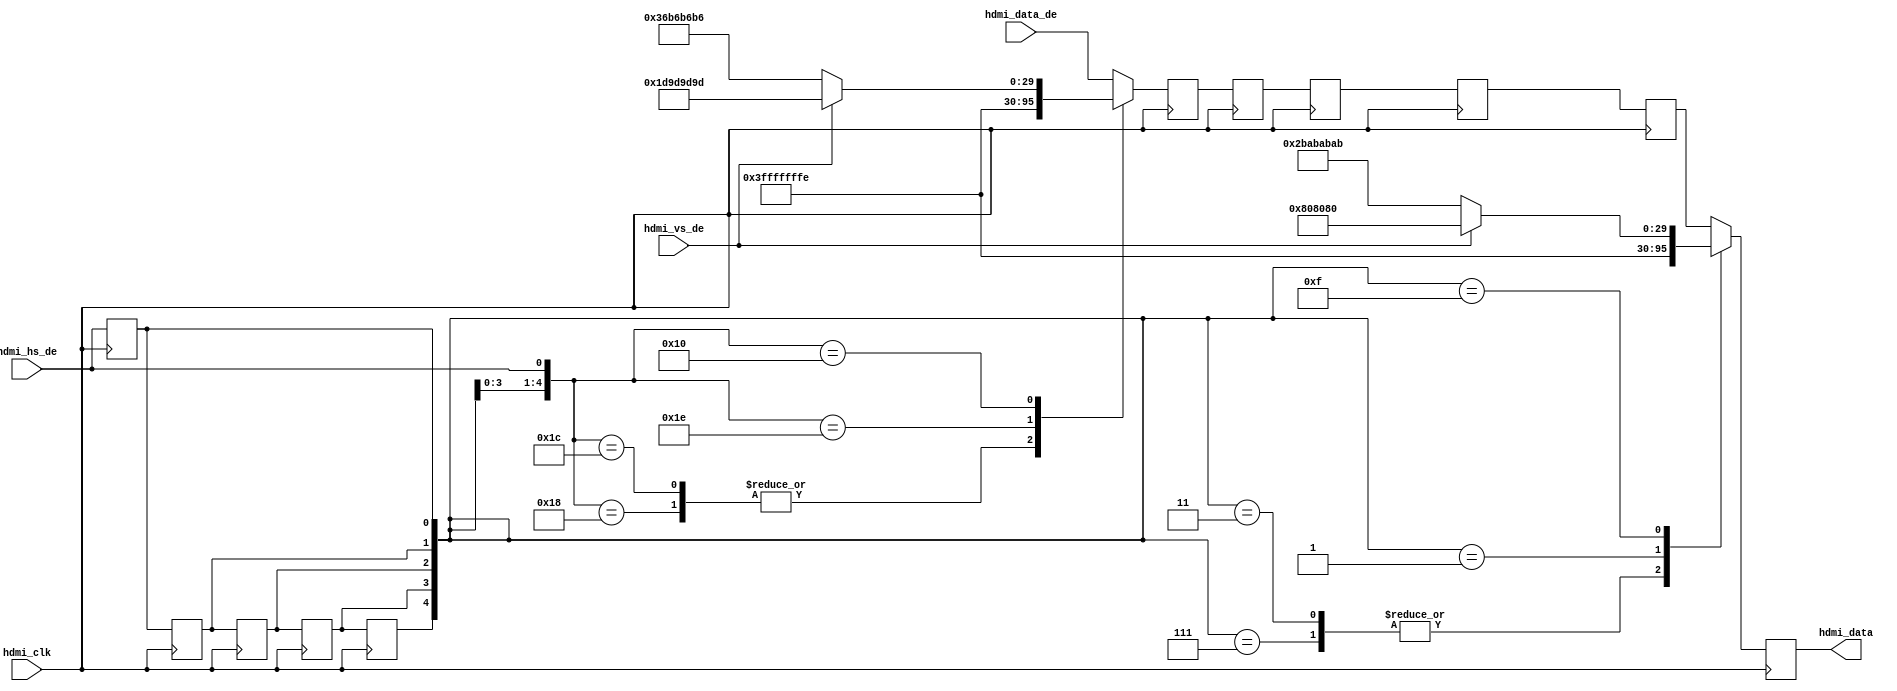
// ***************************************************************************
// ***************************************************************************
// Copyright 2011(c) Analog Devices, Inc.
// 
// All rights reserved.
// 
// Redistribution and use in source and binary forms, with or without modification,
// are permitted provided that the following conditions are met:
//     - Redistributions of source code must retain the above copyright
//       notice, this list of conditions and the following disclaimer.
//     - Redistributions in binary form must reproduce the above copyright
//       notice, this list of conditions and the following disclaimer in
//       the documentation and/or other materials provided with the
//       distribution.
//     - Neither the name of Analog Devices, Inc. nor the names of its
//       contributors may be used to endorse or promote products derived
//       from this software without specific prior written permission.
//     - The use of this software may or may not infringe the patent rights
//       of one or more patent holders.  This license does not release you
//       from the requirement that you obtain separate licenses from these
//       patent holders to use this software.
//     - Use of the software either in source or binary form, must be run
//       on or directly connected to an Analog Devices Inc. component.
//    
// THIS SOFTWARE IS PROVIDED BY ANALOG DEVICES "AS IS" AND ANY EXPRESS OR IMPLIED WARRANTIES,
// INCLUDING, BUT NOT LIMITED TO, NON-INFRINGEMENT, MERCHANTABILITY AND FITNESS FOR A
// PARTICULAR PURPOSE ARE DISCLAIMED.
//
// IN NO EVENT SHALL ANALOG DEVICES BE LIABLE FOR ANY DIRECT, INDIRECT, INCIDENTAL, SPECIAL,
// EXEMPLARY, OR CONSEQUENTIAL DAMAGES (INCLUDING, BUT NOT LIMITED TO, INTELLECTUAL PROPERTY
// RIGHTS, PROCUREMENT OF SUBSTITUTE GOODS OR SERVICES; LOSS OF USE, DATA, OR PROFITS; OR 
// BUSINESS INTERRUPTION) HOWEVER CAUSED AND ON ANY THEORY OF LIABILITY, WHETHER IN CONTRACT,
// STRICT LIABILITY, OR TORT (INCLUDING NEGLIGENCE OR OTHERWISE) ARISING IN ANY WAY OUT OF 
// THE USE OF THIS SOFTWARE, EVEN IF ADVISED OF THE POSSIBILITY OF SUCH DAMAGE.
// ***************************************************************************
// ***************************************************************************
// ***************************************************************************
// ***************************************************************************
// Transmit HDMI, video dma data in, hdmi separate syncs data out.

module axi_hdmi_tx_es (

  // hdmi interface

  hdmi_clk,
  hdmi_hs_de,
  hdmi_vs_de,
  hdmi_data_de,
  hdmi_data);

  // parameters

  parameter   DATA_WIDTH = 32;
  localparam  BYTE_WIDTH = DATA_WIDTH/8;

  // hdmi interface

  input                       hdmi_clk;
  input                       hdmi_hs_de;
  input                       hdmi_vs_de;
  input   [(DATA_WIDTH-1):0]  hdmi_data_de;
  output  [(DATA_WIDTH-1):0]  hdmi_data;

  // internal registers

  reg                         hdmi_hs_de_d = 'd0;
  reg     [(DATA_WIDTH-1):0]  hdmi_data_d = 'd0;
  reg                         hdmi_hs_de_2d = 'd0;
  reg     [(DATA_WIDTH-1):0]  hdmi_data_2d = 'd0;
  reg                         hdmi_hs_de_3d = 'd0;
  reg     [(DATA_WIDTH-1):0]  hdmi_data_3d = 'd0;
  reg                         hdmi_hs_de_4d = 'd0;
  reg     [(DATA_WIDTH-1):0]  hdmi_data_4d = 'd0;
  reg                         hdmi_hs_de_5d = 'd0;
  reg     [(DATA_WIDTH-1):0]  hdmi_data_5d = 'd0;
  reg     [(DATA_WIDTH-1):0]  hdmi_data = 'd0;

  // internal wires

  wire    [(DATA_WIDTH-1):0]  hdmi_sav_s;
  wire    [(DATA_WIDTH-1):0]  hdmi_eav_s;

  // hdmi embedded sync insertion

  assign hdmi_sav_s = (hdmi_vs_de == 1) ? {BYTE_WIDTH{8'h80}} : {BYTE_WIDTH{8'hab}};
  assign hdmi_eav_s = (hdmi_vs_de == 1) ? {BYTE_WIDTH{8'h9d}} : {BYTE_WIDTH{8'hb6}};

  always @(posedge hdmi_clk) begin
    hdmi_hs_de_d <= hdmi_hs_de;
    case ({hdmi_hs_de_4d, hdmi_hs_de_3d, hdmi_hs_de_2d,
      hdmi_hs_de_d, hdmi_hs_de})
      5'b11000: hdmi_data_d <= {BYTE_WIDTH{8'h00}};
      5'b11100: hdmi_data_d <= {BYTE_WIDTH{8'h00}};
      5'b11110: hdmi_data_d <= {BYTE_WIDTH{8'hff}};
      5'b10000: hdmi_data_d <= hdmi_eav_s;
      default: hdmi_data_d <= hdmi_data_de;
    endcase
    hdmi_hs_de_2d <= hdmi_hs_de_d;
    hdmi_data_2d <= hdmi_data_d;
    hdmi_hs_de_3d <= hdmi_hs_de_2d;
    hdmi_data_3d <= hdmi_data_2d;
    hdmi_hs_de_4d <= hdmi_hs_de_3d;
    hdmi_data_4d <= hdmi_data_3d;
    hdmi_hs_de_5d <= hdmi_hs_de_4d;
    hdmi_data_5d <= hdmi_data_4d;
    case ({hdmi_hs_de_5d, hdmi_hs_de_4d, hdmi_hs_de_3d,
      hdmi_hs_de_2d, hdmi_hs_de_d})
      5'b00111: hdmi_data <= {BYTE_WIDTH{8'h00}};
      5'b00011: hdmi_data <= {BYTE_WIDTH{8'h00}};
      5'b00001: hdmi_data <= {BYTE_WIDTH{8'hff}};
      5'b01111: hdmi_data <= hdmi_sav_s;
      default:  hdmi_data <= hdmi_data_5d;
    endcase
  end

endmodule

// ***************************************************************************
// ***************************************************************************